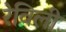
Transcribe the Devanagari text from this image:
रेविली